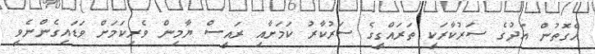
އެގޮތުން އަދުގެ ސަރުކާރަކީ ތަރައްގީގެ ސަރުކާރު ކަމަށާއި ރައީސް ޔާމިން ވެރިކަމަށް ވަޑައިގެންނެވީ